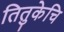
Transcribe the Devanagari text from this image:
तितुकेचि